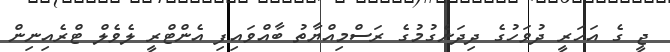
ޖީ ގެ އަހަރީ ދުވަހުގެ ދިދަނެގުމުގެ ރަސްމިއްޔާތު ބާއްވައިފި އެންޓްރީ ލެވެލް ޓްރެއިނިން